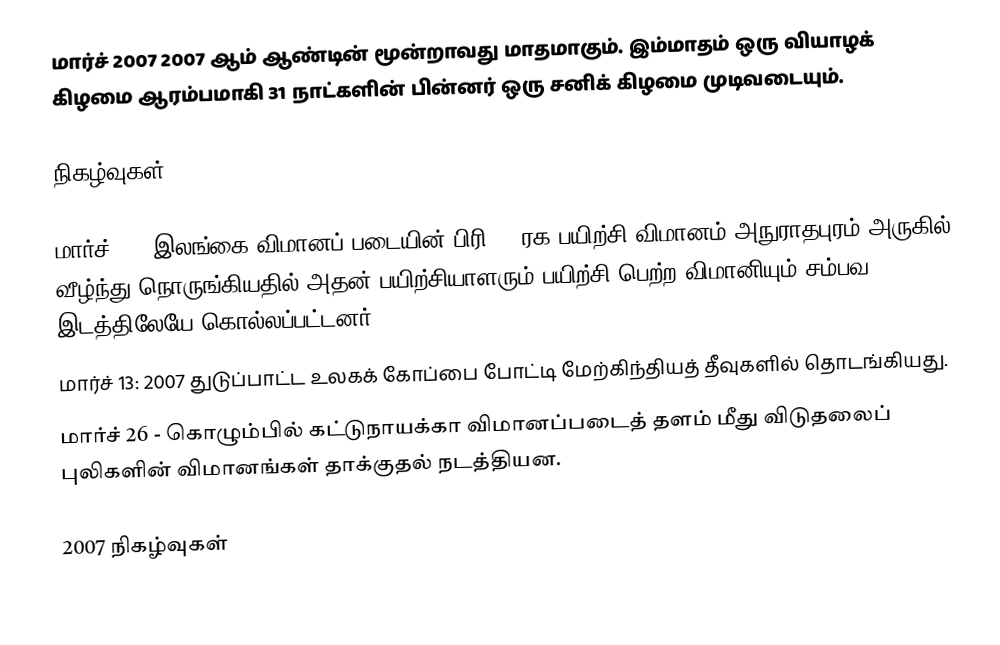
மார்ச் 2007 2007 ஆம் ஆண்டின் மூன்றாவது மாதமாகும். இம்மாதம் ஒரு வியாழக் கிழமை ஆரம்பமாகி 31 நாட்களின் பின்னர் ஒரு சனிக் கிழமை முடிவடையும்.

நிகழ்வுகள்

 மார்ச் 1 - இலங்கை விமானப் படையின் பிரி-06 ரக பயிற்சி விமானம் அநுராதபுரம் அருகில் வீழ்ந்து நொருங்கியதில் அதன் பயிற்சியாளரும் பயிற்சி பெற்ற விமானியும் சம்பவ இடத்திலேயே கொல்லப்பட்டனர்.
 மார்ச் 13: 2007 துடுப்பாட்ட உலகக் கோப்பை போட்டி மேற்கிந்தியத் தீவுகளில் தொடங்கியது.
 மார்ச் 26 - கொழும்பில் கட்டுநாயக்கா விமானப்படைத் தளம் மீது விடுதலைப் புலிகளின் விமானங்கள் தாக்குதல் நடத்தியன.

2007 நிகழ்வுகள்